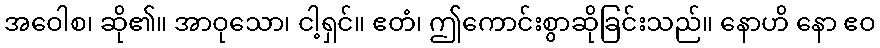
အဝေါစ၊ ဆို၏။ အာဝုသော၊ ငါ့ရှင်။ ဧတံ၊ ဤကောင်းစွာဆိုခြင်းသည်။ နောဟိ နော ဧဝ